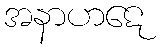
အနာဟဋေ